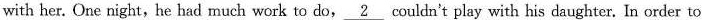
with her. One night,he had much work to do\underline{2} couldn't play with his daughter. In order to